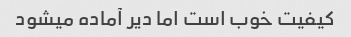
کیفیت خوب است اما دیر آماده میشود